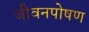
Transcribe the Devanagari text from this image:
जीवनपोषण